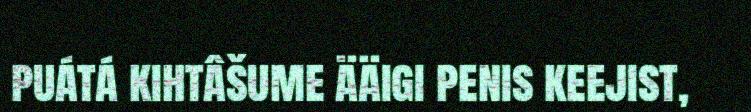
puátá kihtâšume ääigi penis keejist,